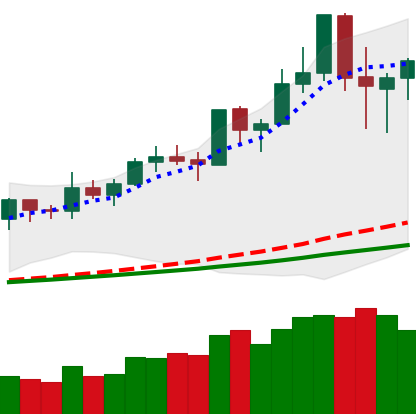
Ticker: NEO-USD
Chart end date: 2020-02-18
Forward return: -7.303%
Label: down_7plus